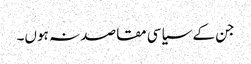
جن کے سیاسی مقاصد نہ ہوں۔